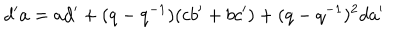
d ^ { \prime } a = a d ^ { \prime } + ( q - q ^ { - 1 } ) ( c b ^ { \prime } + b c ^ { \prime } ) + ( q - q ^ { - 1 } ) ^ { 2 } d a ^ { \prime }